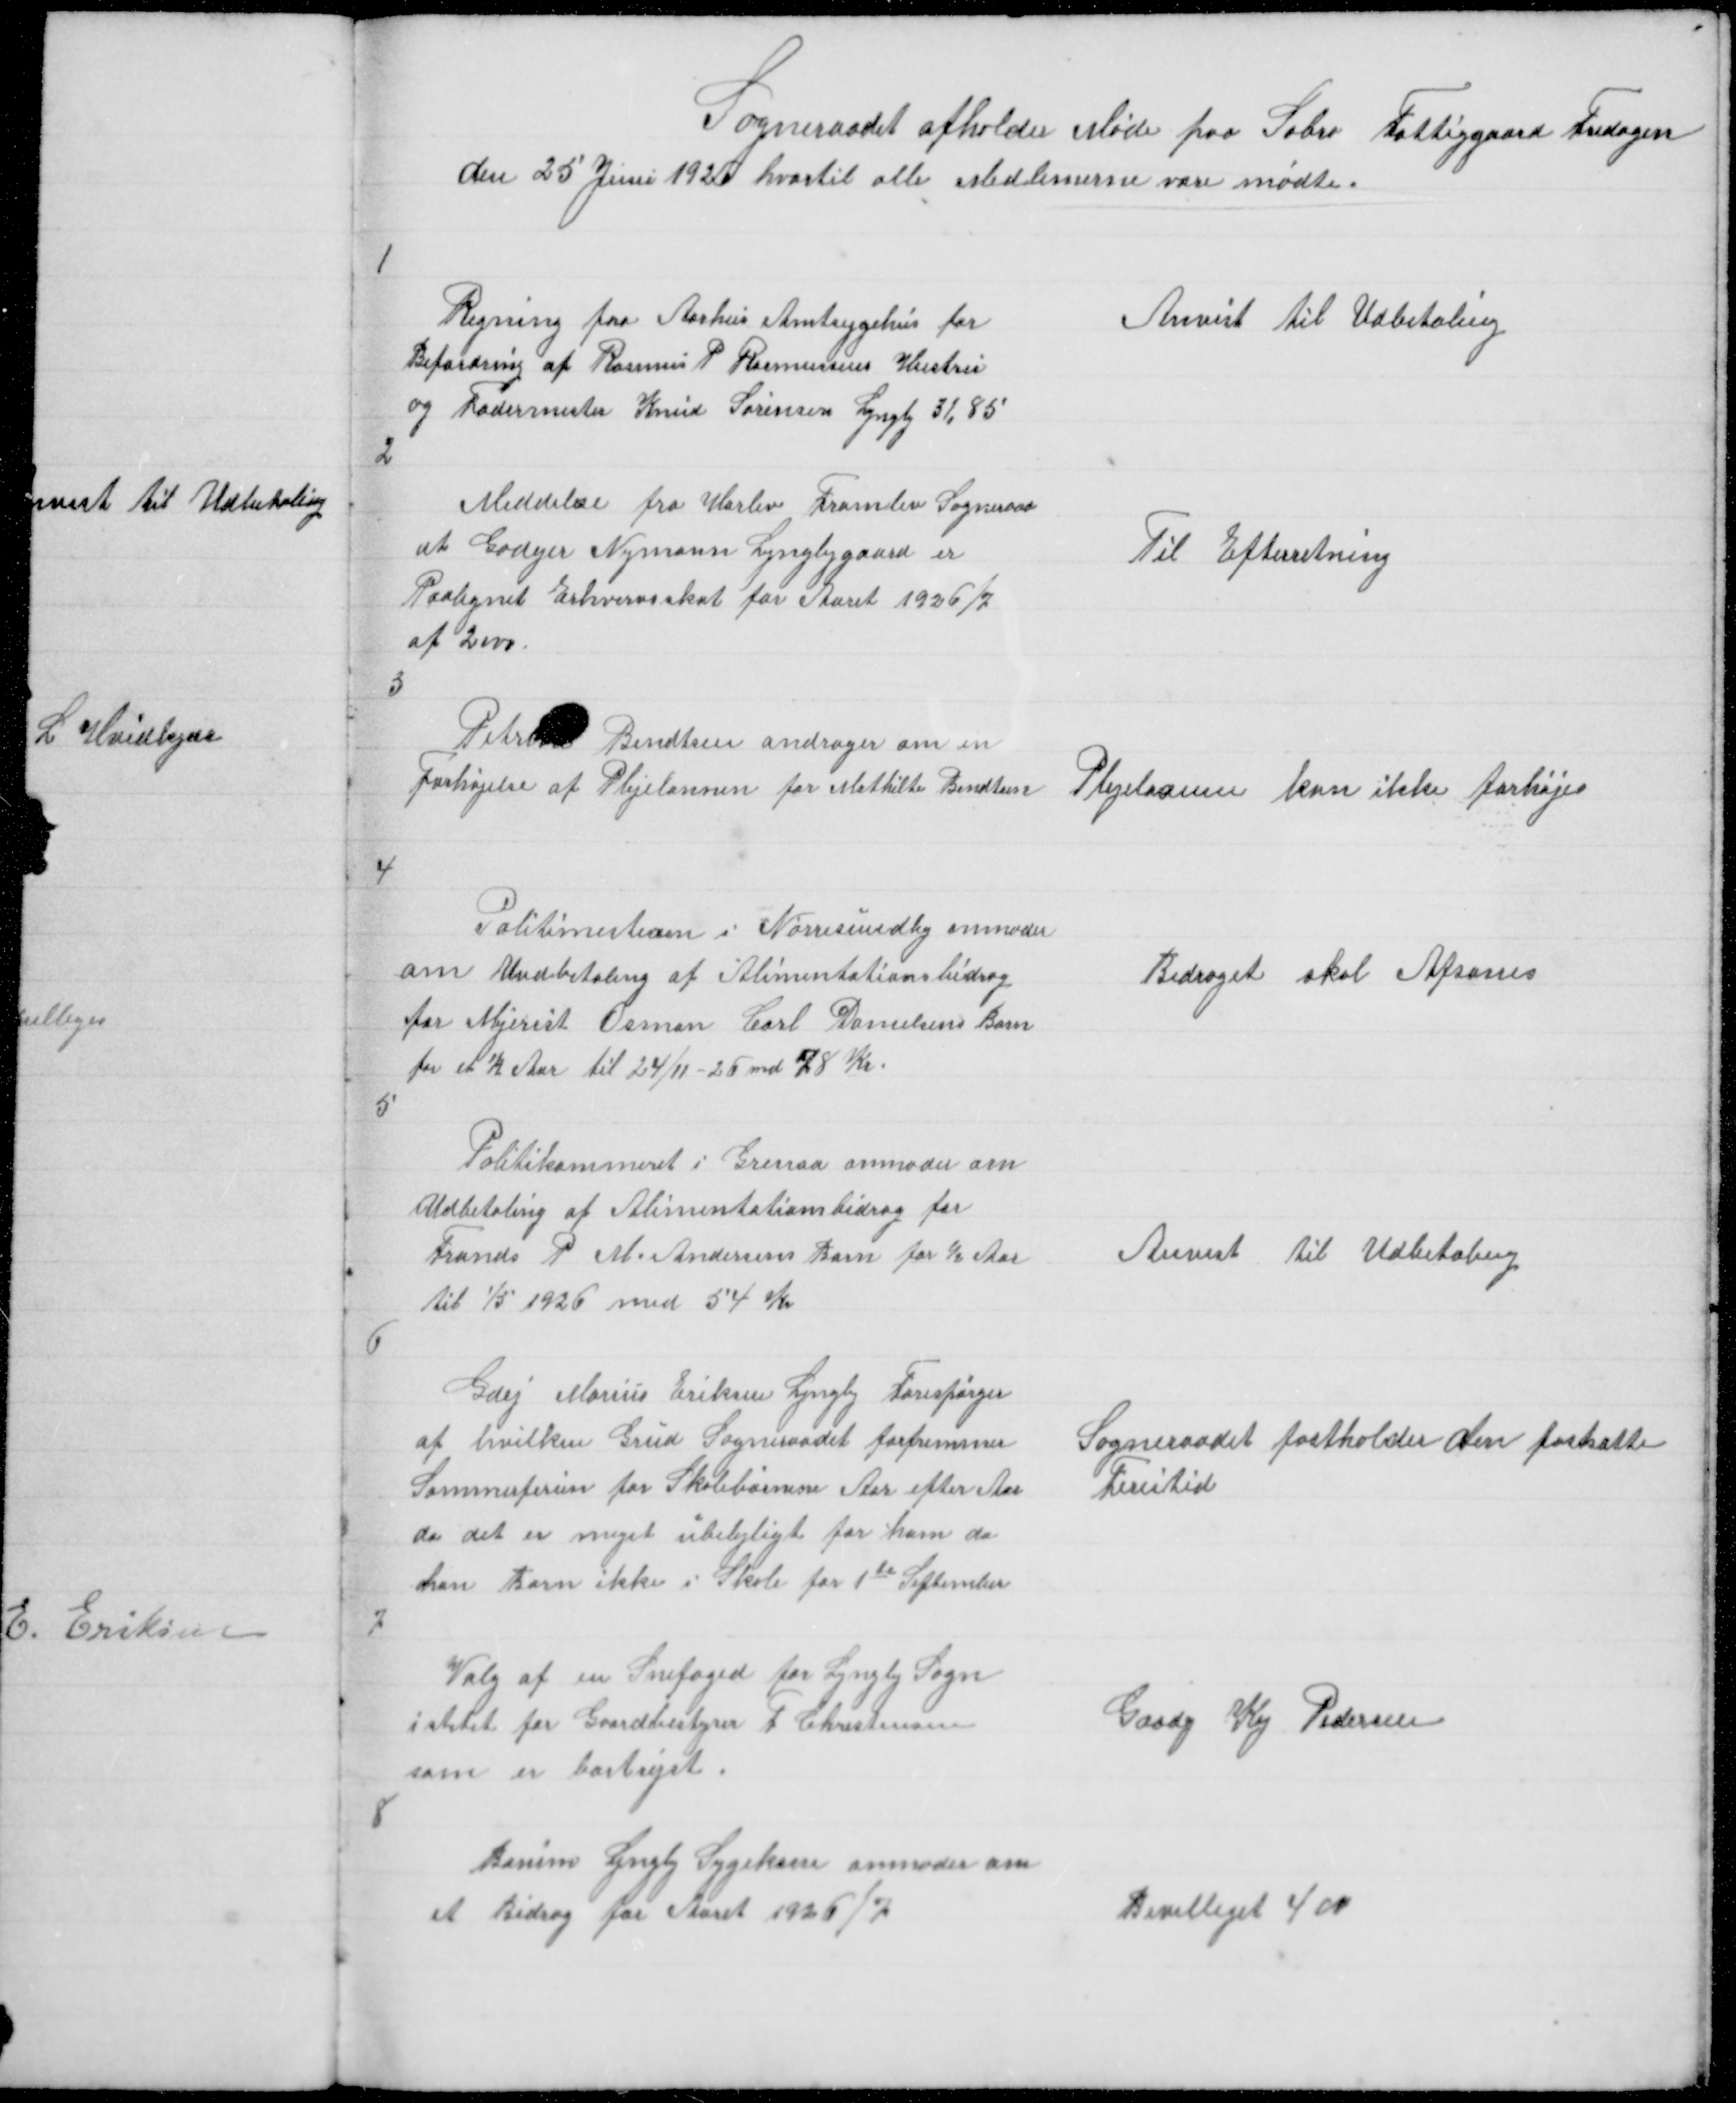
Transskription:
Sogneraadet afholder Møde paa Sabro Fattiggaard Fredagen
den 25 Juni hvortil alle Medlemerne vare mødte.

1

Regning fra Aarhus Amtsygehus for
Befordring af Rasmus P Rasmussens Hustru
og Fodermester Knud Sørensen Lyngby 31,85

Anvist til Udbetaling

2

Meddelelse fra Harlev Framlev Sogneraad
at Godejer Nymann Lyngbygaard er
Paalignet Erhvervsskat for Aaret 1926/7
af 2000

Til Efterretning

3

Petr Bendtsen andrager om en
Forhøjelse af Plejelønnen for Mathilde Bendtsen

Plejelønnen kan ikke forhøjes

4

Politimesteren i Nørresundby anmoder
om Undbetaling af Alimentationsbidrag
for Mejerist Osman Carl Danielsens Barn
for et ½ Aar til 24/11 md 78 Kr

Bidraget skal Afsones

5

Politikammeret i Grenaa anmoder om
Udbetaling af Alimentationsbidrag for
Frands P M. Andersens Barn for ½ Aar
til 1/5 1926 med 54 Kr

Anvist til Udbetaling

6

Gdej Marius Eriksen Lyngby Forespørger
af hvilken Grud Sogneraadet forfremmer
Sommerferien for Skolebørnene Aar efter Aar
da det er meget ubelejligt for ham da
han Barn ikke i Skole før 1te September

Sogneraadet fastholder den fastsatte
Ferietid

7

Valg af Snefoged for Lyngby Sogn
i stedet for Gaardbestyrer F Christensen
som er bortrejst.

Gaadej Kaj Pedersen

8

Borum Lyngby Sygekasse anmoder om
et Bidrag for Aaret 1926/7

Bevilliget 400